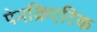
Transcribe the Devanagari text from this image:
पेनक्रिएटिक